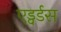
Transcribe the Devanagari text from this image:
एड्वर्डस